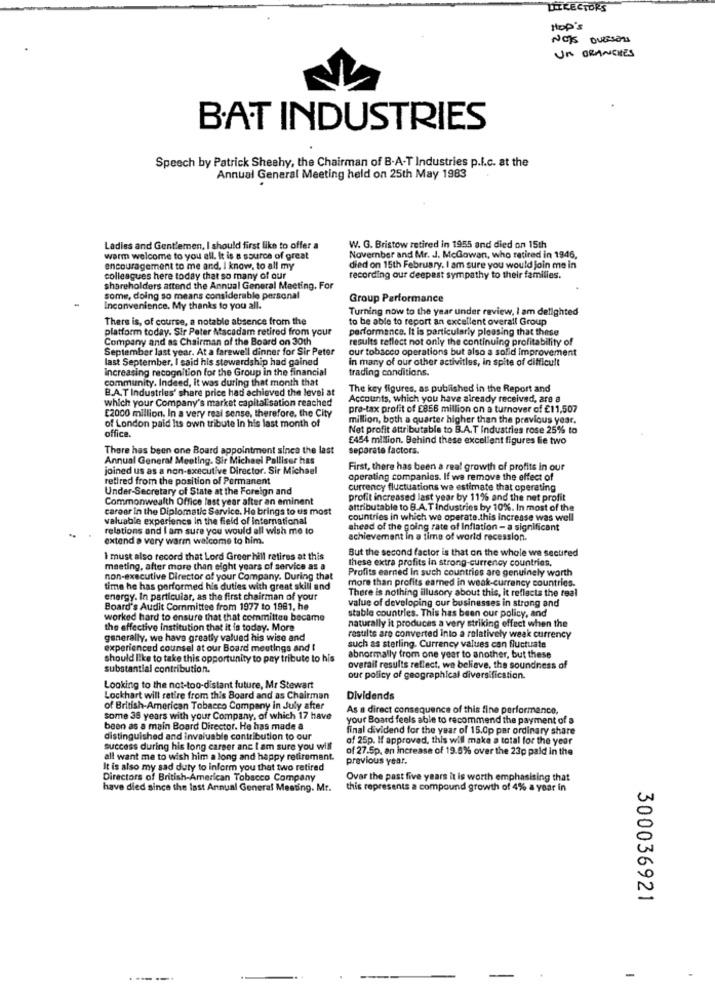
DIRECTORS
Hop's
Nos DUESENS
Un BRANCHES
B.AT INDUSTRIES
Speech by Patrick Sheehy, the Chairman of B-A-T Industries p.I.c. at the
Annual General Meeting held on 25th May 1983
Ladies and Gentlemen, I should first like to offer a
W. G. Bristow retired in 1955 and died on 15th
warm welcome to you all. It is a source of great
November and Mr. J. McGowan, who retired in 1946,
encouragement to me and, I know, to all my
died on 15th February. I am sure you would join me in
colleagues here today that so many of our
recording our deepest sympathy to their families.
shareholders attend the Annual General Meeting. For
some, doing so means considerable personal
Group Performance
Inconvenience. My thanks to you all.
Turning now to the year under review, I am delighted
There is, of course, a notable absence from the
to be able to report an excellent overall Group
platform today. Sir Peter Macadam retired from your
performance. It is particularly pleasing that these
Company and as Chairman of the Board on 30th
results reflect not only the continuing profitability of
September last year. At a farewell dinner for Sir Peter
our tobacco operations but also a solid Improvement
last September, I said his stewardship had gained
in many of our other activities, in spite of difficult
Increasing recognition for the Group in the financial
trading conditions.
community. Indeed, it was during that month that
B.A.T Industries' share price had achieved the level at
The key figures, as published in the Report and
which your Company's market capitalisation reached
Accounts, which you have already received, are a
E2000 million. In a very real sense, therefore, the City
pre-tax profit of E856 million on a turnover of £11,507
of London paid Its own tribute in his last month of
million, both a quarter higher than the previous year.
office.
Net profit attributable to B.A.T Industries rose 25% to
£454 million. Behind these excellent figures lie two
There has been one Board appointment since the last
separate factors.
Annual General Meeting. Sir Michael Palliser has
joined us as a non-executive Director. Sir Michael
First, there has been a real growth of profits in our
retired from the position of Permanent
operating companies. If we remove the effect of
Under-Secretary of State at the Foreign and
currency fluctuations we estimate that operating
Commonwealth Office last year after an eminent
profit increased last year by 11% and the net profit
career in the Diplomatic Service. He brings to us most
attributable to B.A.T Industries by 10%. In most of the
valuable experience In the field of international
countries in which we operate.this increase was well
relations and I am sure you would all wish me to
ahead of the going rate of Inflation - a significant
extend a very warm welcome to him.
achievement in a time of world recession.
But the second factor is that on the whole wa sectifed
I must also record that Lord Greer hill retires at this
these extra profits In strong-currency countries.
meeting, after more than eight years of service as a
Profits earned In such countries are genuinely worth
non-executive Director of your Company. During that
time he has performed his duties with great skill and
more than profits earned in weak-currency countries.
There is nothing illusory about this, it reflects the real
energy. In particular, as the first chairman of your
value of developing our businesses in strong and
Board's Audit Committee from 1977 to 1981, he
stable countries. This has been our policy, and
worked hard to ensure that that committee became
naturally it produces a very striking effect when the
the effective institution that it is today. More
generally. we have greatly valued his wise and
results are converted into a relatively weak currency
experienced counsel at our Board meetings and I
such as sterling. Currency values can fluctuate
should like to take this opportunity to pay tribute to his
abnormally from one year to another, but these
substantial contribution.
overall results reflect, we believe, the soundness of
our policy of geographical diversification.
Looking to the not-too-distant future, Mr Stewart
Lockhart will retire from this Board and as Chairman
Dividends
of British-American Tobacco Company in July after
As a direct consequence of this fine performance,
some 38 years with your Company, of which 17 have
your Board feels able to recommend the payment of a
been as a main Board Director. He has made a
final dividend for the year of 15.0p par ordinary share
distinguished and invaluable contribution to our
of 25p. If approved, this will make a total for the year
success during his long career anc I am sure you will
of 27.5p. an increase of 19.5% over the 23p paid in the
all want me to wish him a long and happy retirement.
previous year.
It is also my sad duty to inform you that two retired
Directors of British American Tobacco Company
Ovar the past five years it is worth emphasising that
have died since the last Annual General Meeting. Mr.
this represents a compound growth of 4% a year in
300036921
-